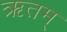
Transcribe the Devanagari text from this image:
ऋतम्